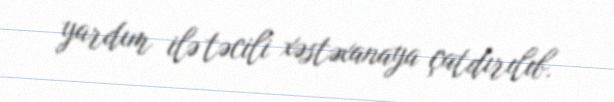
yardım ilə təcili xəstəxanaya çatdırılıb.